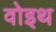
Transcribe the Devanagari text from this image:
वोइथ